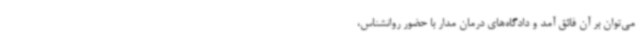
می‌توان بر آن فائق آمد و دادگاه‌های درمان مدار با حضور روانشناس،